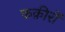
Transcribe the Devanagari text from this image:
फक़ीरों